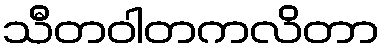
သီတဝါတကလိတာ